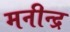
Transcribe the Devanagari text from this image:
मनीन्द्र